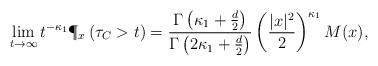
\begin{align*} \lim_{t \to \infty} t^{- \kappa_1} \P_x \left( \tau_C > t \right) = \frac{\Gamma \left( \kappa_1 + \frac{d}{2} \right)}{\Gamma \left( 2 \kappa_1 + \frac{d}{2} \right)} \left( \frac{|x|^2}{2} \right)^{\kappa_1} M(x), \end{align*}